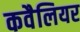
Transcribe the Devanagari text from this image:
कवैलियर